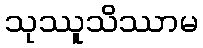
သုဿူသိဿာမ